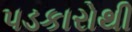
પડકારોથી